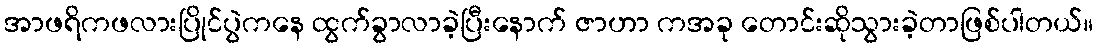
အာဖရိကဖလားပြိုင်ပွဲကနေ ထွက်ခွာလာခဲ့ပြီးနောက် ဇာဟာ ကအခု တောင်းဆိုသွားခဲ့တာဖြစ်ပါတယ်။